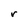
Character: r